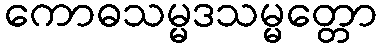
ကောဓသမ္မဒသမ္မတ္တော